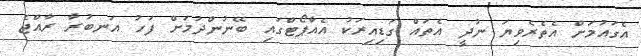
އެގައުމަށް އެތެރެވިޔަ ނުދީ އެތައް ގަޑިއިރަކު އެއާޕޯޓްގައި ބޭނުންދުމަށް ފަހު އަނބުރާ ރާއްޖެ